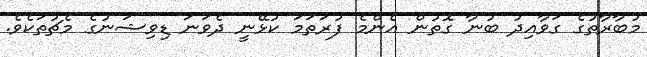
މުބާރާތުގެ ގަވާއިދު ބުނާ ގޮތުން އެންމެ ފުރަތަމަ ކުޅޭނީ ދެވަނަ ޑިވިޝަނުގެ މެޗުތަކެވެ.